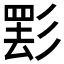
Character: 𱝤